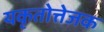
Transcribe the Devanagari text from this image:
यकृतोत्तेजक